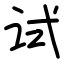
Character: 试